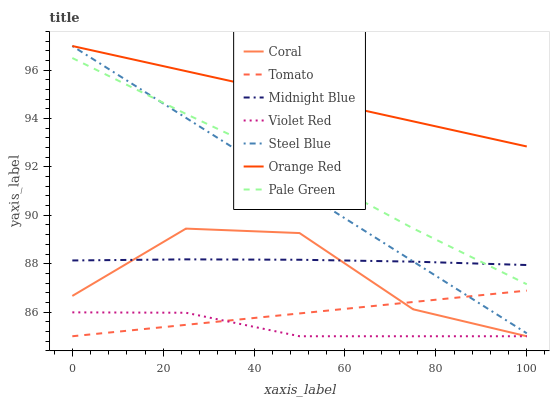
| xaxis_label | Coral | Tomato | Midnight Blue | Violet Red | Steel Blue | Orange Red | Pale Green |
 | --- | --- | --- | --- | --- | --- | --- | --- |
 | 0 | 86.7 | 85 | 88.1 | 86 | 97 | 97 | 96.5 |
 | 25 | 89.5 | 85.5 | 88.2 | 86 | 94 | 96 | 94.2 |
 | 50 | 89.3 | 85.9 | 88.2 | 85 | 91.1 | 94.9 | 92 |
 | 75 | 86.1 | 86.4 | 88.1 | 85 | 88.1 | 93.9 | 89.5 |
 | 100 | 85 | 86.9 | 87.9 | 85 | 85.1 | 92.8 | 87.2 |